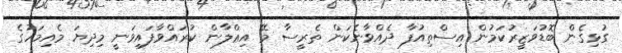
ގުޅިގެން ބޮޑުވަޒީރުކަމުން އިސްތިއުފާ ދެއްވާނެކަން ތެރީސާ މޭ އިޢްލާން ކުރައްވާފައިވަނީ މިދިޔަ މެއިމަހުގެ